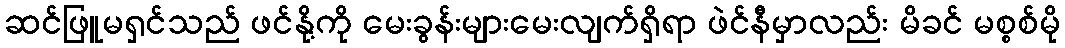
ဆင်ဖြူမရှင်သည် ဖင်နို့ကို မေးခွန်းများမေးလျက်ရှိရာ ဖဲင်နီမှာလည်း မိခင် မစ္စစ်မို